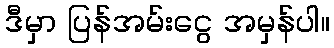
ဒီမှာ ပြန်အမ်းငွေ အမှန်ပါ။